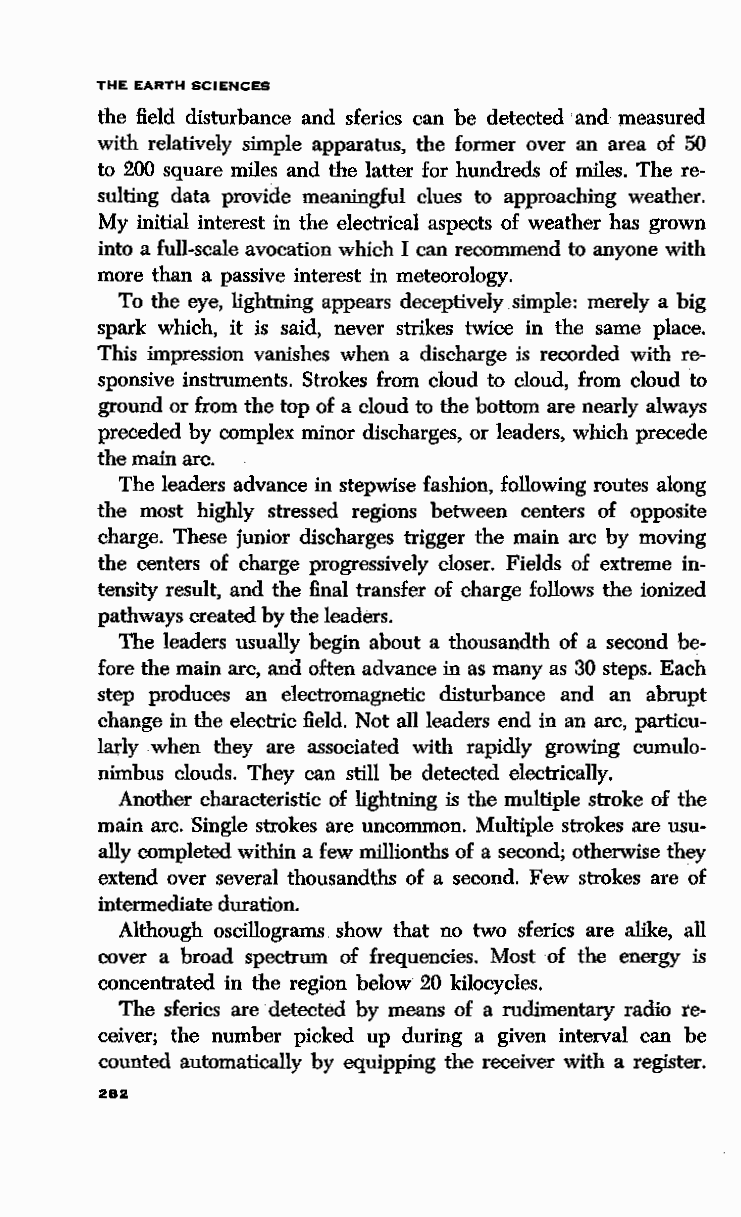
THE EARTH SCIENCES
 the field disturbance and sferics can be detected and- measured
 with relatively simple apparatus, the former over an area of 50
 to 200 square miles and the latter for hundreds of miles. The re
 sulting data provide meaningful clues to approaching weather.
 My initial interest in the electrical aspects of weather has grown
 into a full-scale avocation which I can recommend to anyone with
 more than a passive interest in meteorology.
 To the eye, lightning appears deceptively simple: merely a big
 spark which, it is said, never strikes twice in the same place.
 This impression vanishes when a discharge is recorded with re
 sponsive instruments. Strokes from cloud to cloud, from cloud to
 ground or from the top of a cloud to the bottom are nearly always
 preceded by complex minor discharges, or leaders, which precede
 the main arc.
 The leaders. advance in stepwise fashion, following routes along
 the most highly stressed regions between centers of opposite
 charge. These junior discharges trigger the main arc by moving
 the centers of charge progressively closer. Fields of extreme in
 tensity result, and the final transfer of charge follows the ionized
 pathways created by the leaders.
 The leaders usually begin about a thousandth of a second be
 fore the. main arc, and often advance in as many as 30 steps. Each
 step produces an electromagnetic disturbance and an abrupt
 change in the electric field. Not all leaders end in an arc, particu
 larly when they are associated with rapidly growing cumulo
 nimbus clouds. They can still be detected electrically.
 Another characteristic of lightning is the multiple stroke of the
 main arc. Single strokes are uncommon. Multiple strokes are usu
 ally completed within a few millionths of a second; otherwise they
 extend over several thousandths of a second. Few strokes are of
 intermediate duration.
 Although oscillograms show that no two sferics are alike, all
 cover a broad spectrum of frequencies. Most of the energy is
 concentrated in the region below 20 kilocycles.
 The sferics are ·detected by means of a rudimentary radio re
 ceiver; the number picked up during a given interval can be
 counted automatically by equipping the receiver with a register.
 282